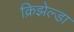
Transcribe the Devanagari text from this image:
क्रिझेल्डा